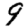
Digit: 9